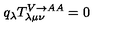
q _ { \lambda } T _ { \lambda \mu \nu } ^ { V \rightarrow A A } = 0